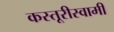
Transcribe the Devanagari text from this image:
कस्तूरीस्वामी